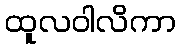
ထူလဝါလိကာ